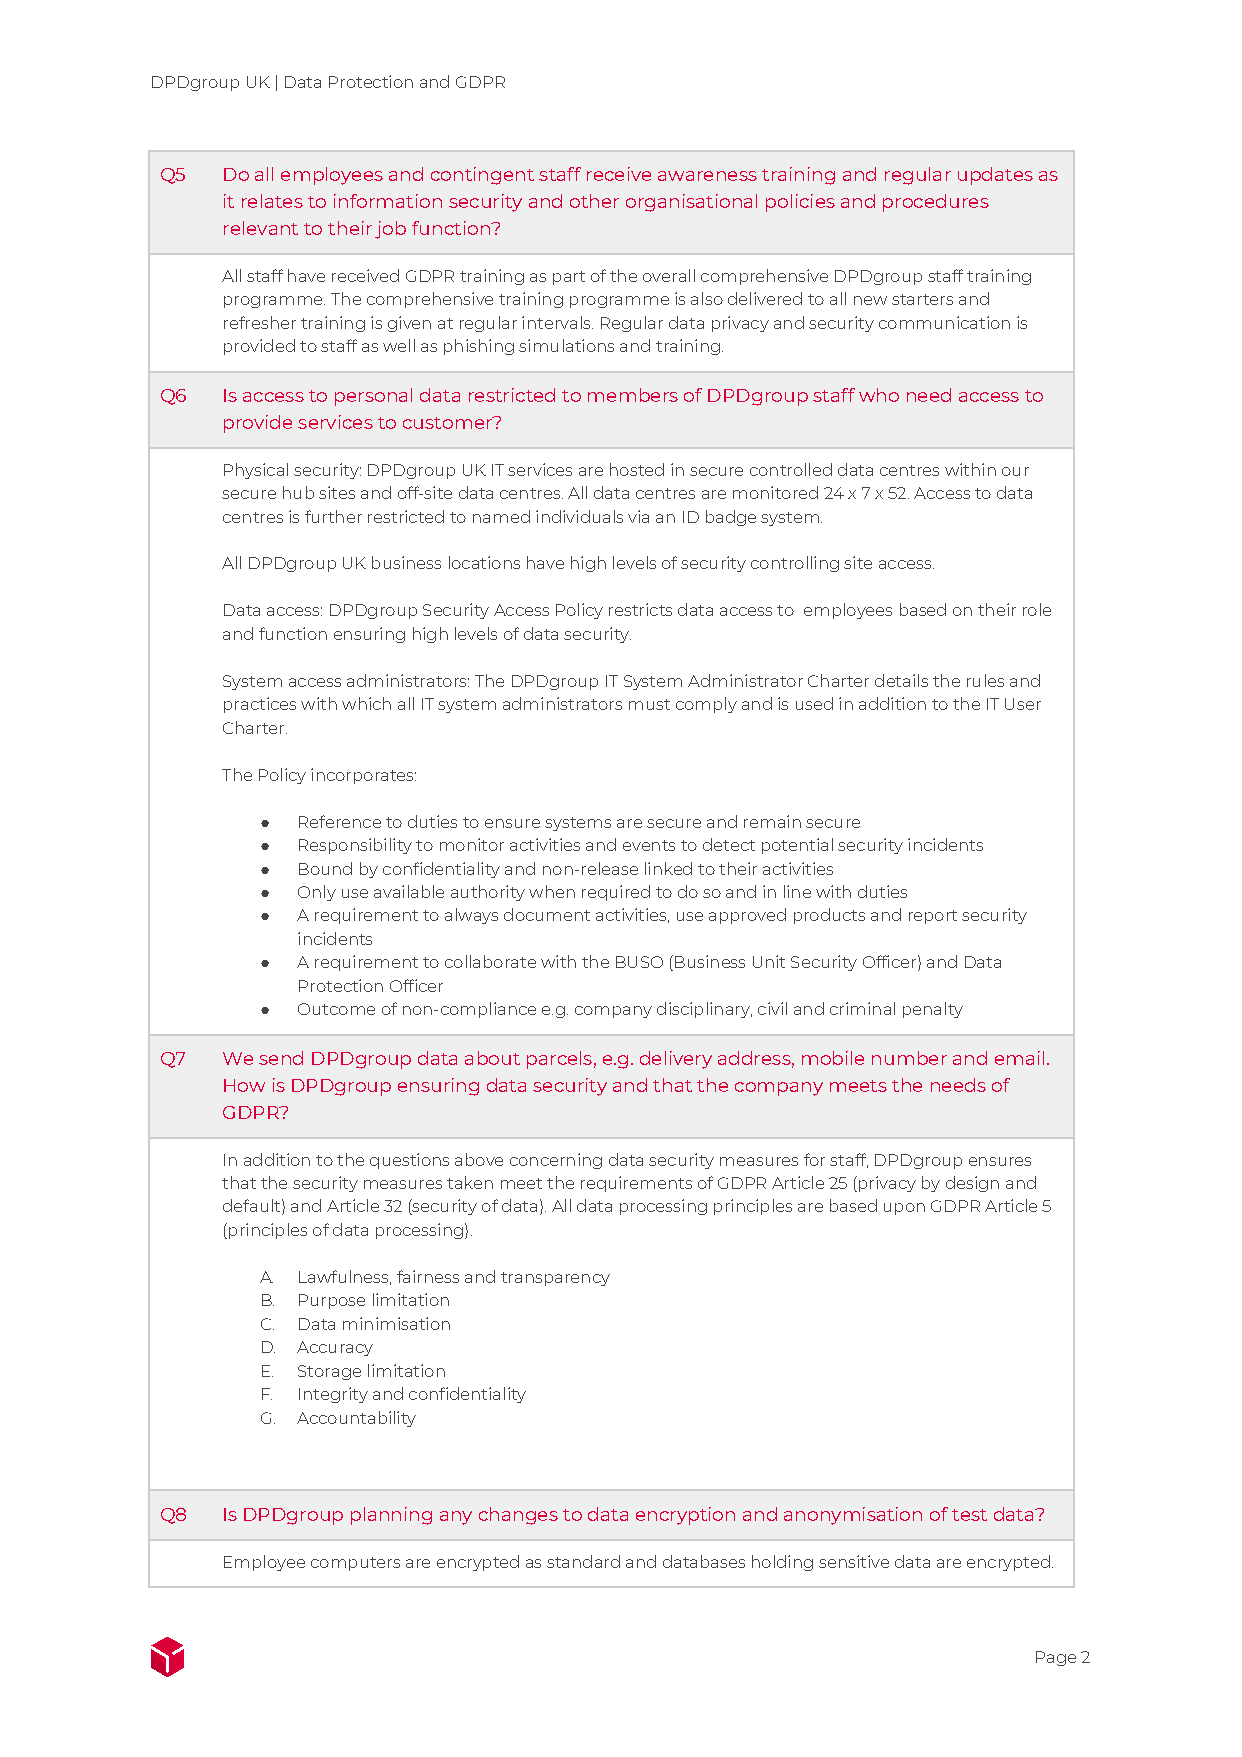
DPDgroup UK | Data Protection and GDPR
 Q5  Do all employees and contingent staff receive awareness training and regular updates as
 it relates to information security and other organisational policies and procedures
 relevant to their job function?
 All staff have received GDPR training as part of the overall comprehensive DPDgroup staff training
 programme. The comprehensive training programme is also delivered to all new starters and
 refresher training is given at regular intervals. Regular data privacy and security communication is
 provided to staff as well as phishing simulations and training.
 Q6  Is access to personal data restricted to members of DPDgroup staff who need access to
 provide services to customer?
 Physical security: DPDgroup UK IT services are hosted in secure controlled data centres within our
 secure hub sites and off-site data centres. All data centres are monitored 24 x 7 x 52. Access to data
 centres is further restricted to named individuals via an ID badge system.
 All DPDgroup UK business locations have high levels of security controlling site access.
 Data access: DPDgroup Security Access Policy restricts data access to employees based on their role
 and function ensuring high levels of data security.
 System access administrators: The DPDgroup IT System Administrator Charter details the rules and
 practices with which all IT system administrators must comply and is used in addition to the IT User
 Charter.
 The Policy incorporates:
 ●  Reference to duties to ensure systems are secure and remain secure
 ●  Responsibility to monitor activities and events to detect potential security incidents
 ●  Bound by confidentiality and non-release linked to their activities
 ●  Only use available authority when required to do so and in line with duties
 ●  A requirement to always document activities, use approved products and report security
 incidents
 ●  A requirement to collaborate with the BUSO (Business Unit Security Officer) and Data
 Protection Officer
 ●  Outcome of non-compliance e.g. company disciplinary, civil and criminal penalty
 Q7  We send DPDgroup data about parcels, e.g. delivery address, mobile number and email.
 How is DPDgroup ensuring data security and that the company meets the needs of
 GDPR?
 In addition to the questions above concerning data security measures for staff, DPDgroup ensures
 that the security measures taken meet the requirements of GDPR Article 25 (privacy by design and
 default) and Article 32 (security of data). All data processing principles are based upon GDPR Article 5
 (principles of data processing).
 A. Lawfulness, fairness and transparency
 B. Purpose limitation
 C. Data minimisation
 D. Accuracy
 E. Storage limitation
 F. Integrity and confidentiality
 G. Accountability
 Q8  Is DPDgroup planning any changes to data encryption and anonymisation of test data?
 Employee computers are encrypted as standard and databases holding sensitive data are encrypted.
 Page 2